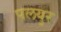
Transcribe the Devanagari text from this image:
पलयुर